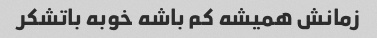
زمانش همیشه کم باشه خوبه باتشکر